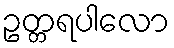
ဥတ္တရပါလော